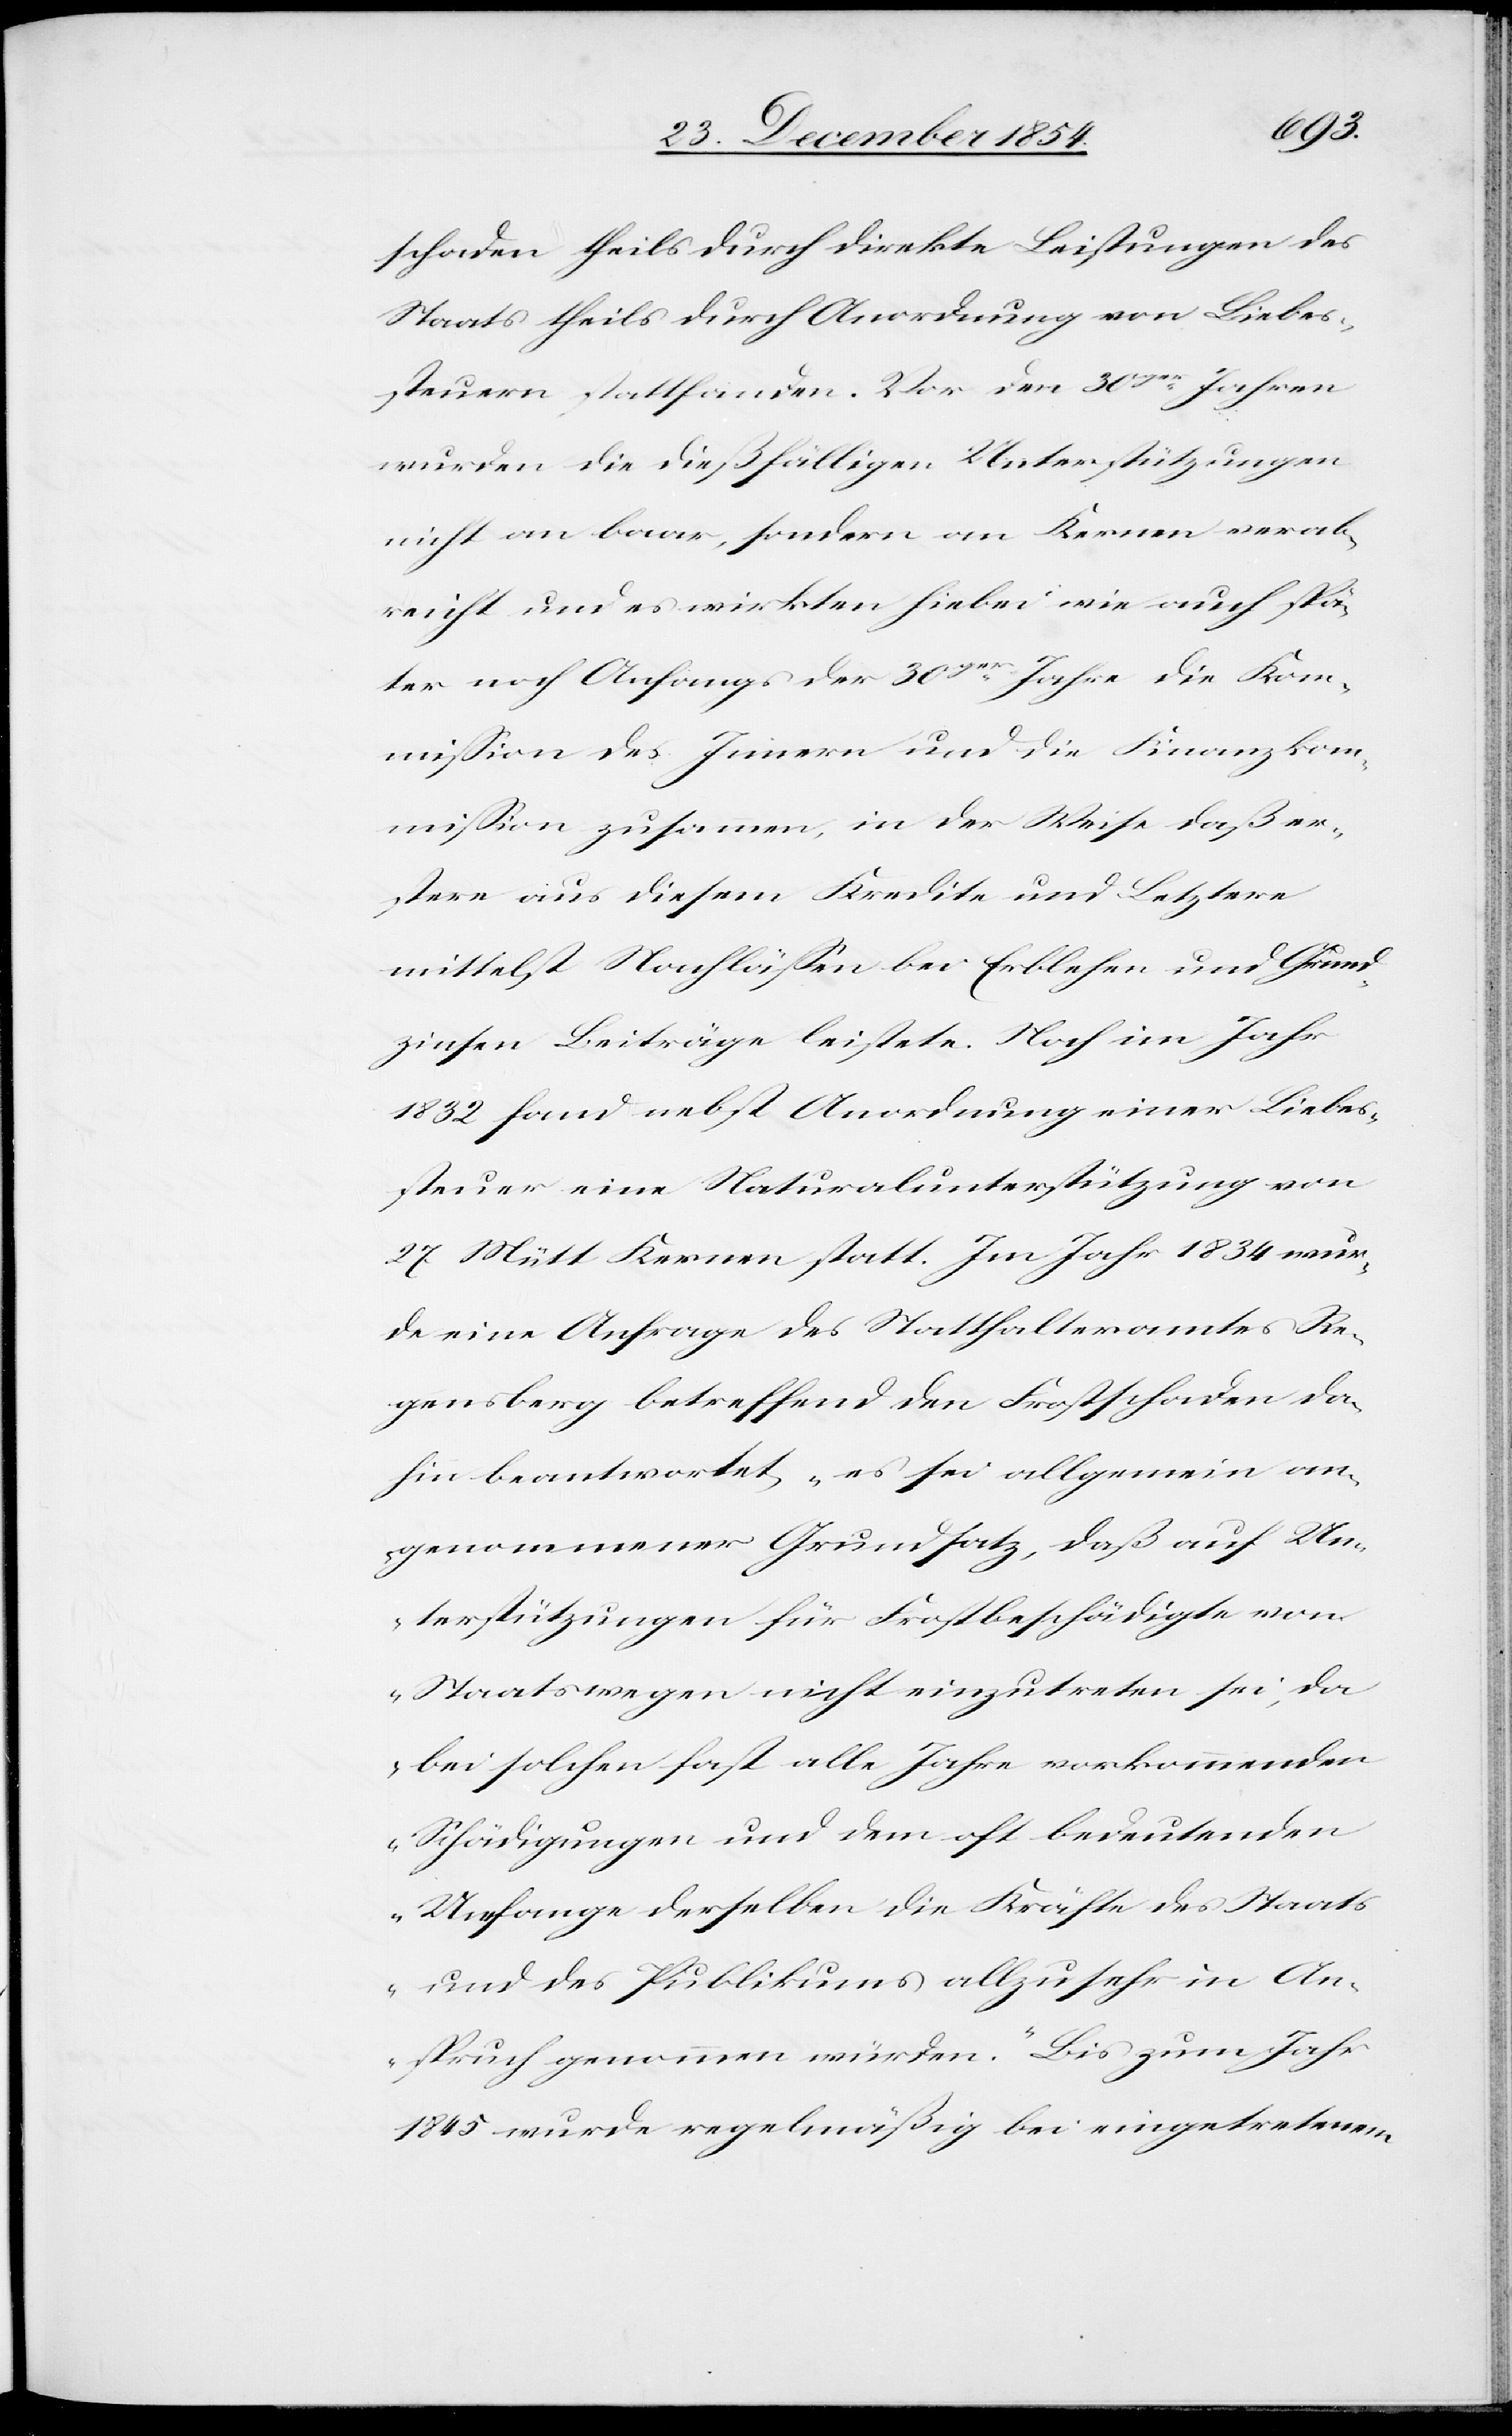
schaden theils durch direkte Leistungen des
Staats theils durch Anordnung von Liebes¬
steuern stattfanden. Vor den 30ger Jahren
wurden die dießfälligen Unterstützungen
nicht an baar, sondern an Kernen verab¬
reicht und es wirkten hiebei wie auch spä¬
ter noch Anfangs der 30ger Jahre die Kom¬
mißion des Innern und die Finanzkom¬
mißion zusammen, in der Weise daß er¬
stere aus diesem Kredite und Letztere
mittelst Nachläßen bei Erblehen und Grund¬
zinsen Beiträge leistete. Noch im Jahr
1832 fand nebst Anordnung einer Liebes¬
steuer eine Naturalunterstützung von
27 Mütt Kernen statt. Im Jahr 1834 wur¬
de eine Anfrage des Statthalteramtes Re¬
gensberg betreffend den Frostschaden da¬
hin beantwortet „es sei allgemein an¬
genommener Grundsatz, daß auf Un¬
terstützungen für Frostbeschädigte von
Staatswegen nicht einzutreten sei, da
bei solchen fast alle Jahre vorkommenden
Schädigungen und dem oft bedeutenden
Umfange derselben die Kräfte des Staats
und des Publikums allzu sehr in An¬
spruch genommen würden.“ Bis zum Jahr
1845 wurde regelmäßig bei eingetretenem